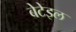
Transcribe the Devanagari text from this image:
बेटेइल